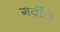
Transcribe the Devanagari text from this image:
गर्वीले